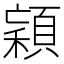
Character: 𱶥